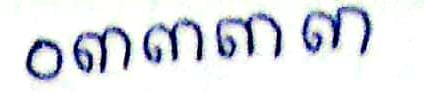
០៣៣៣៣